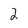
Character: 2